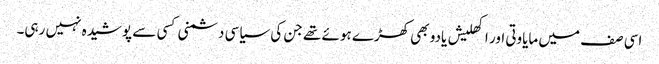
اسی صف میں مایاوتی اور اکھلیش یادو بھی کھڑے ہوئے تھے جن کی سیاسی دشمنی کسی سے پوشیدہ نہیں رہی۔